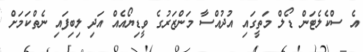
އެ ސްކެލެޓަން ޑޯލް މަތީގައި އުދުއްސާ މަންޒަރުގެ ވީޑިޔޯއެއް އަދި ލިބިފައި ނެތްކަމަށް